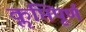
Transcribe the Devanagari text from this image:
कॢप्तिपूर्ण